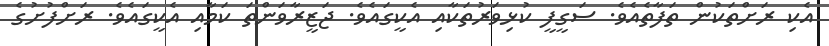
އެކި ރަށްތަކުން ތަފާތެއެވެ. ސަގީފީ ކުޅިވަރުތަކާއި އެކީގައެވެ. ޖަޒީރާވަންތަ ކަމާއި އެކީގައެވެ. ރަށްފުށުގެ